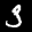
Label: 3